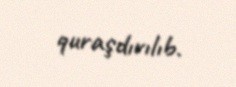
quraşdırılıb.